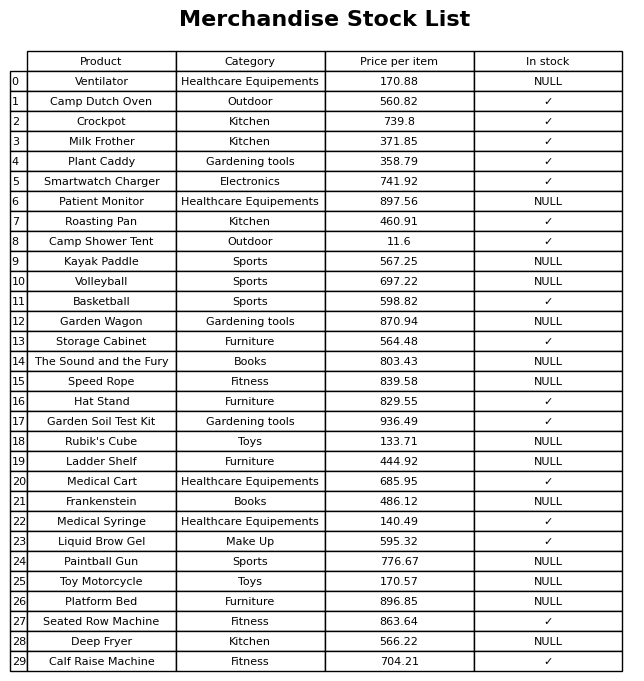
question: What is the price for Volleyball?
answer: The price of Volleyball is 697.22.